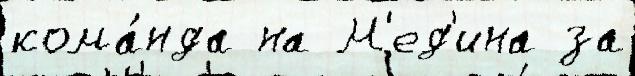
кома́нда на М'ед'ина за